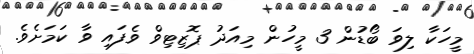
މީހަކާ ލިވަ ބޯޑުން 3 މީހުން މިއަދު ޕޮޒިޓިވް ވެފައި ވާ ކަމަށެވެ.